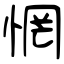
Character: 惘